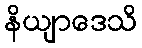
နိယျာဒေသိ